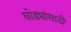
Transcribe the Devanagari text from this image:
घोड्यांसाठी